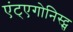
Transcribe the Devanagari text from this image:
एंट्एगोनिस्ट्स